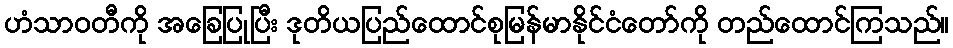
ဟံသာဝတီကို အခြေပြုပြီး ဒုတိယပြည်ထောင်စုမြန်မာနိုင်ငံတော်ကို တည်ထောင်ကြသည်။